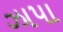
ઝાપા